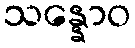
သန္နောဝ